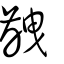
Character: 齥